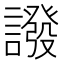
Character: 𧬋